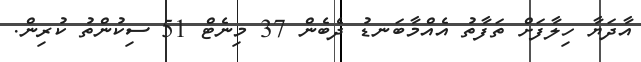
އާދަޔާ ހިލާފަށް ތަފާތު އެއްމާބަނޑު ދެބެން 37 މިނެޓް 51 ސިކުންތު ކުރިން.